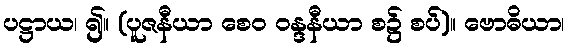
ပဋ္ဌာယ၊ ၍။ (ပူဇနီယာ စေဝ ဝန္ဒနီယာ စ၌ စပ်)။ ဗောဓိယာ၊